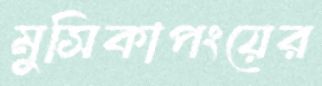
মুসিকাপংয়ের